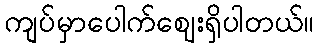
ကျပ်မှာပေါက်ဈေးရှိပါတယ်။